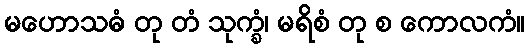
မဟောသဓံ တု တံ သုက္ခံ၊ မရိစံ တု စ ကောလကံ။